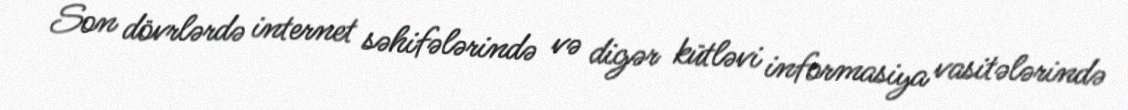
Son dövrlərdə internet səhifələrində və digər kütləvi informasiya vasitələrində